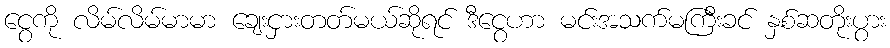
ငွေကို လိမ်လိမ်မာမာ ချေးငှားတတ်မယ်ဆိုရင် ဒီငွေဟာ မင်းအသက်မကြီးခင် နှစ်ဆတိုးပွား